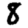
Digit: 8